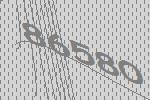
86580